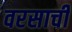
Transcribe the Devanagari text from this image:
वरसाची